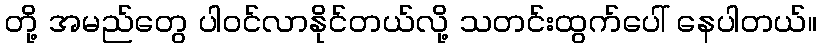
တို့ အမည်တွေ ပါဝင်လာနိုင်တယ်လို့ သတင်းထွက်ပေါ် နေပါတယ်။